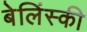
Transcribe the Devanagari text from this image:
बेलिंस्की